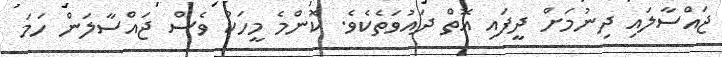
ޖައްސާލައި ދިނުމަށް ދީފައި އޮތް ދައުވަތެކެވެ. ކޮންމެ މީހަކު ވެސް ޖައްސާލަން ހަމަ